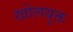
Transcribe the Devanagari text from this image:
खोलयुक्त